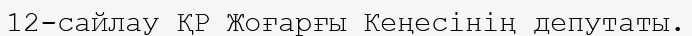
12-сайлау ҚР Жоғарғы Кеңесінің депутаты.